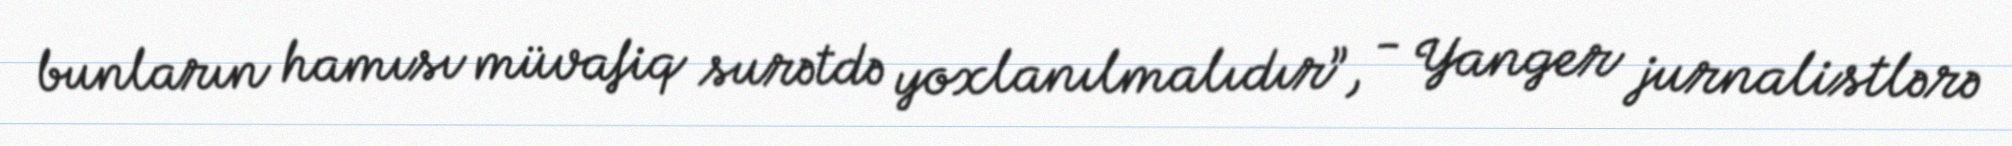
bunların hamısı müvafiq surətdə yoxlanılmalıdır”, - Yanger jurnalistlərə